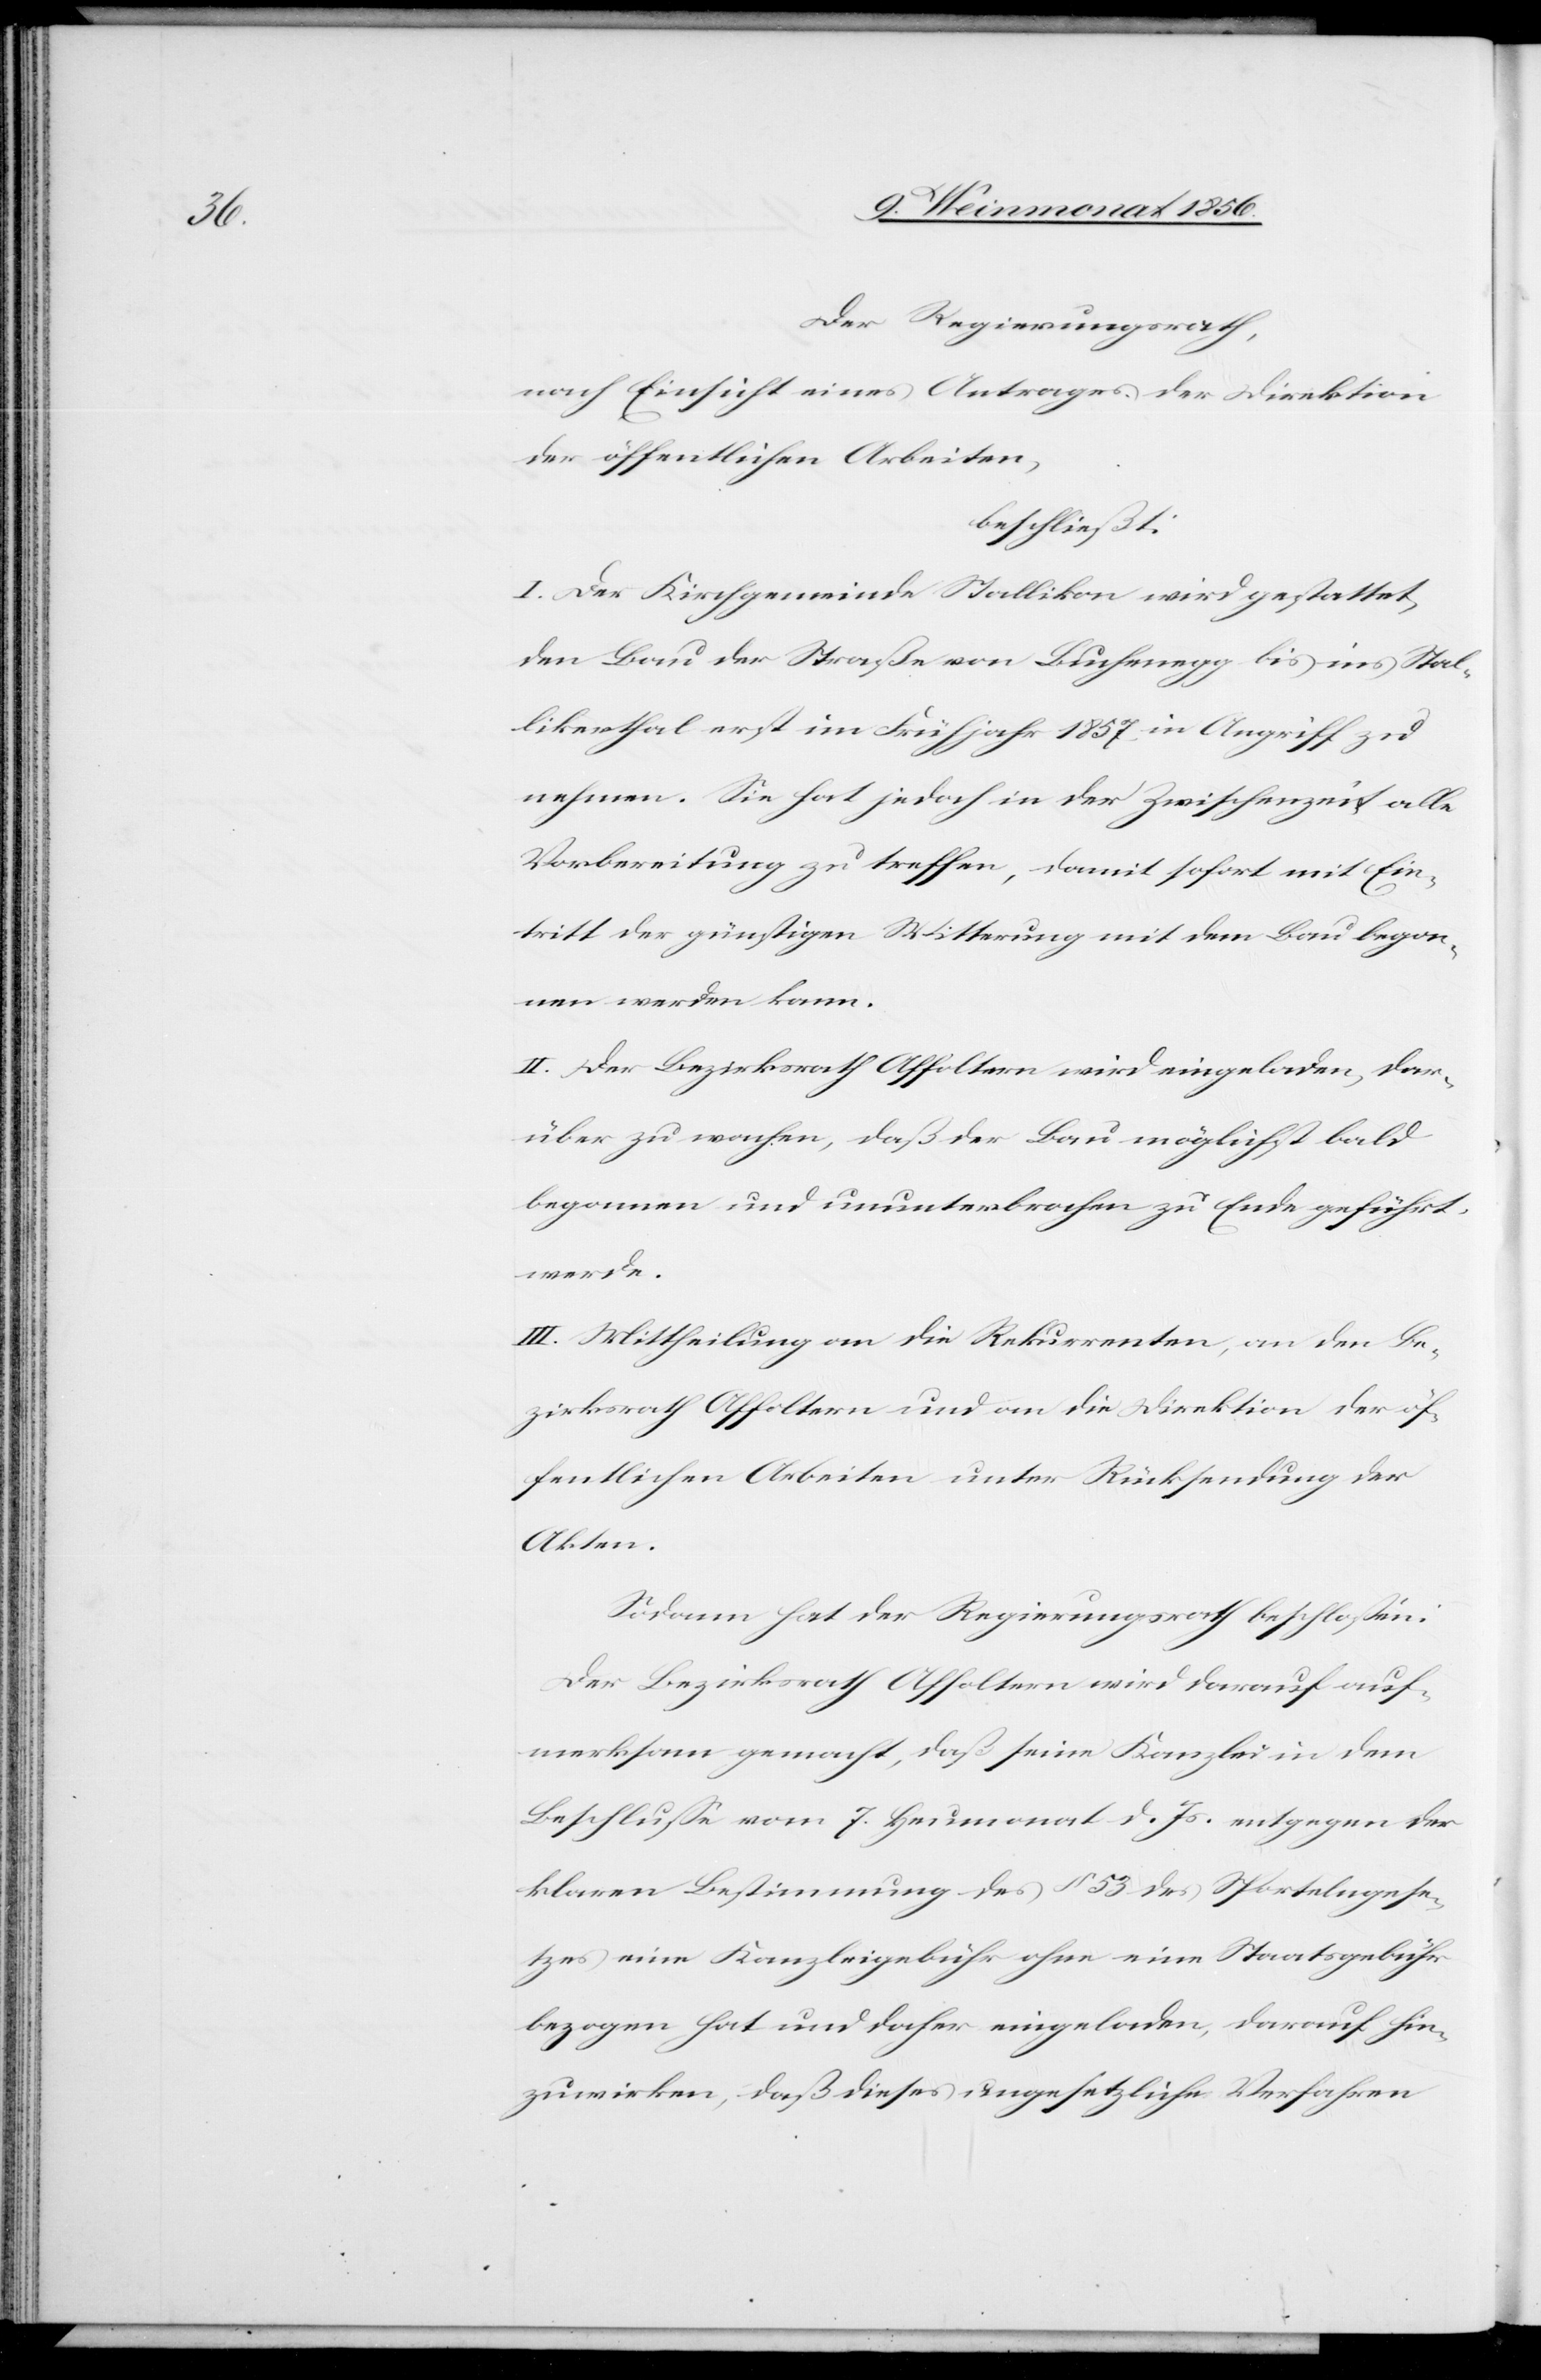
Der Regierungsrath,
nach Einsicht eines Antrages der Direktion
der öffentlichen Arbeiten,
beschließt:
I. Der Kirchgemeinde Stallikon wird gestattet,
den Bau der Straße von Buchenegg bis ins Stal¬
likerthal erst im Frühjahr 1857 in Angriff zu
nehmen. Sie hat jedoch in der Zwischenzeit alle
Vorbereitung zu treffen, damit sofort mit Ein¬
tritt der günstigen Witterung mit dem Bau begon¬
nen werden kann.
II. Der Bezirksrath Affoltern wird eingeladen, dar¬
über zu wachen, daß der Bau möglichst bald
begonnen und ununterbrochen zu Ende geführt
werde.
III. Mittheilung an die Rekurrenten, an den Be¬
zirksrath Affoltern und an die Direktion der öf¬
fentlichen Arbeiten unter Rücksendung der
Akten.
Sodann hat der Regierungsrath beschlossen:
Der Bezirksrath Affoltern wird darauf auf¬
merksam gemacht, daß seine Kanzlei in dem
Beschlusse vom 7. Heumonat d. Js. entgegen der
klaren Bestimmung des § 53 des Sportelngese¬
tzes eine Kanzleigebühr ohne eine Staatsgebühr
bezogen hat und daher eingeladen, darauf hin¬
zuwirken, daß dieses ungesetzliche Verfahren